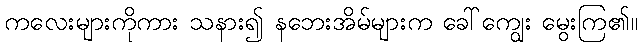
ကလေးများကိုကား သနား၍ နဘေးအိမ်များက ခေါ်ကျွေး မွေးကြ၏။